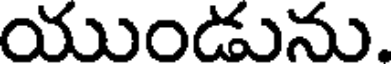
యుండును.